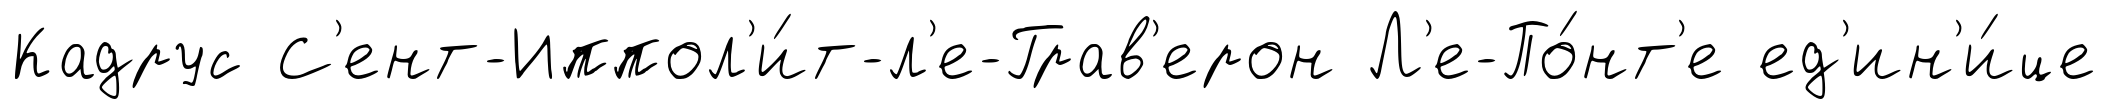
Кадрус С'ент-Иппол'и́т-л'е-Грав'ерон Л'е-По́нт'е ед'ин'и́це